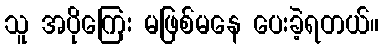
သူ အပိုကြေး မဖြစ်မနေ ပေးခဲ့ရတယ်။